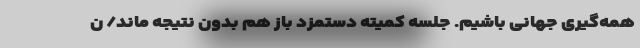
همه‌گیری جهانی باشیم. جلسه کمیته دستمزد باز هم بدون نتیجه ماند/ ن